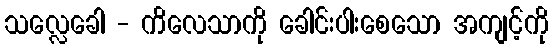
သလ္လေခေါ - ကိလေသာကို ခေါင်းပါးစေသော အကျင့်ကို